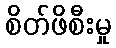
စိတ်ဖိစီးမှု